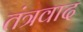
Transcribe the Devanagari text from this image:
तंत्रवाद